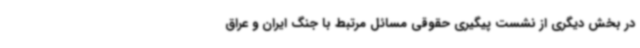
در بخش دیگری از نشست پیگیری حقوقی مسائل مرتبط با جنگ ایران و عراق